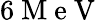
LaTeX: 6\mathrm{~M~e~V~}